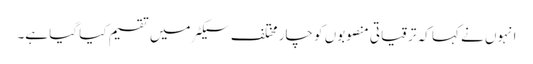
انہوں نے کہا کہ ترقیاتی منصوبوں کو چار مختلف سیکٹر میں تقسیم کیا گیا ہے۔